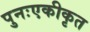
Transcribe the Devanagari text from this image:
पुनःएकीकृत